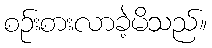
စဉ်းစားလာခဲ့မိသည်။